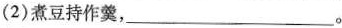
(2)煮豆持作羹，___。